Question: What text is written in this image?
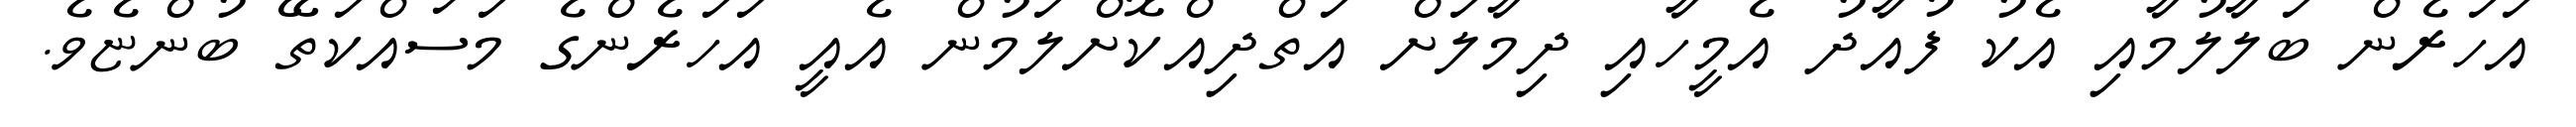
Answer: އަހަރެން ބަލާލުމާއި އެކު ފުއާދު އެމީހާއި ދިމާލަށް އަތްދިއްކޮށްލަމުން އެއީ އަހަރެންގެ މަސައްކަތޭ ބުންޏެވެ.